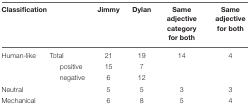
<table><thead><tr><td><b>Classification</b></td><td></td><td><b>Jimmy</b></td><td><b>Dylan</b></td><td><b>Same adjective category for both</b></td><td><b>Same adjective for both</b></td></tr></thead><tbody><tr><td>Human-like</td><td>Total</td><td>21</td><td>19</td><td>14</td><td>4</td></tr><tr><td></td><td>positive</td><td>15</td><td>7</td><td></td><td></td></tr><tr><td></td><td>negative</td><td>6</td><td>12</td><td></td><td></td></tr><tr><td>Neutral</td><td></td><td>5</td><td>5</td><td>3</td><td>3</td></tr><tr><td>Mechanical</td><td></td><td>6</td><td>8</td><td>5</td><td>4</td></tr></tbody></table>